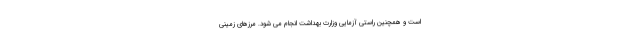
است و همچنین راستی آزمایی وزارت بهداشت انجام می شود. مرزهای زمینی